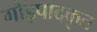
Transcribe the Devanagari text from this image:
गौड़पादकृत